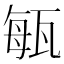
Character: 𤭐